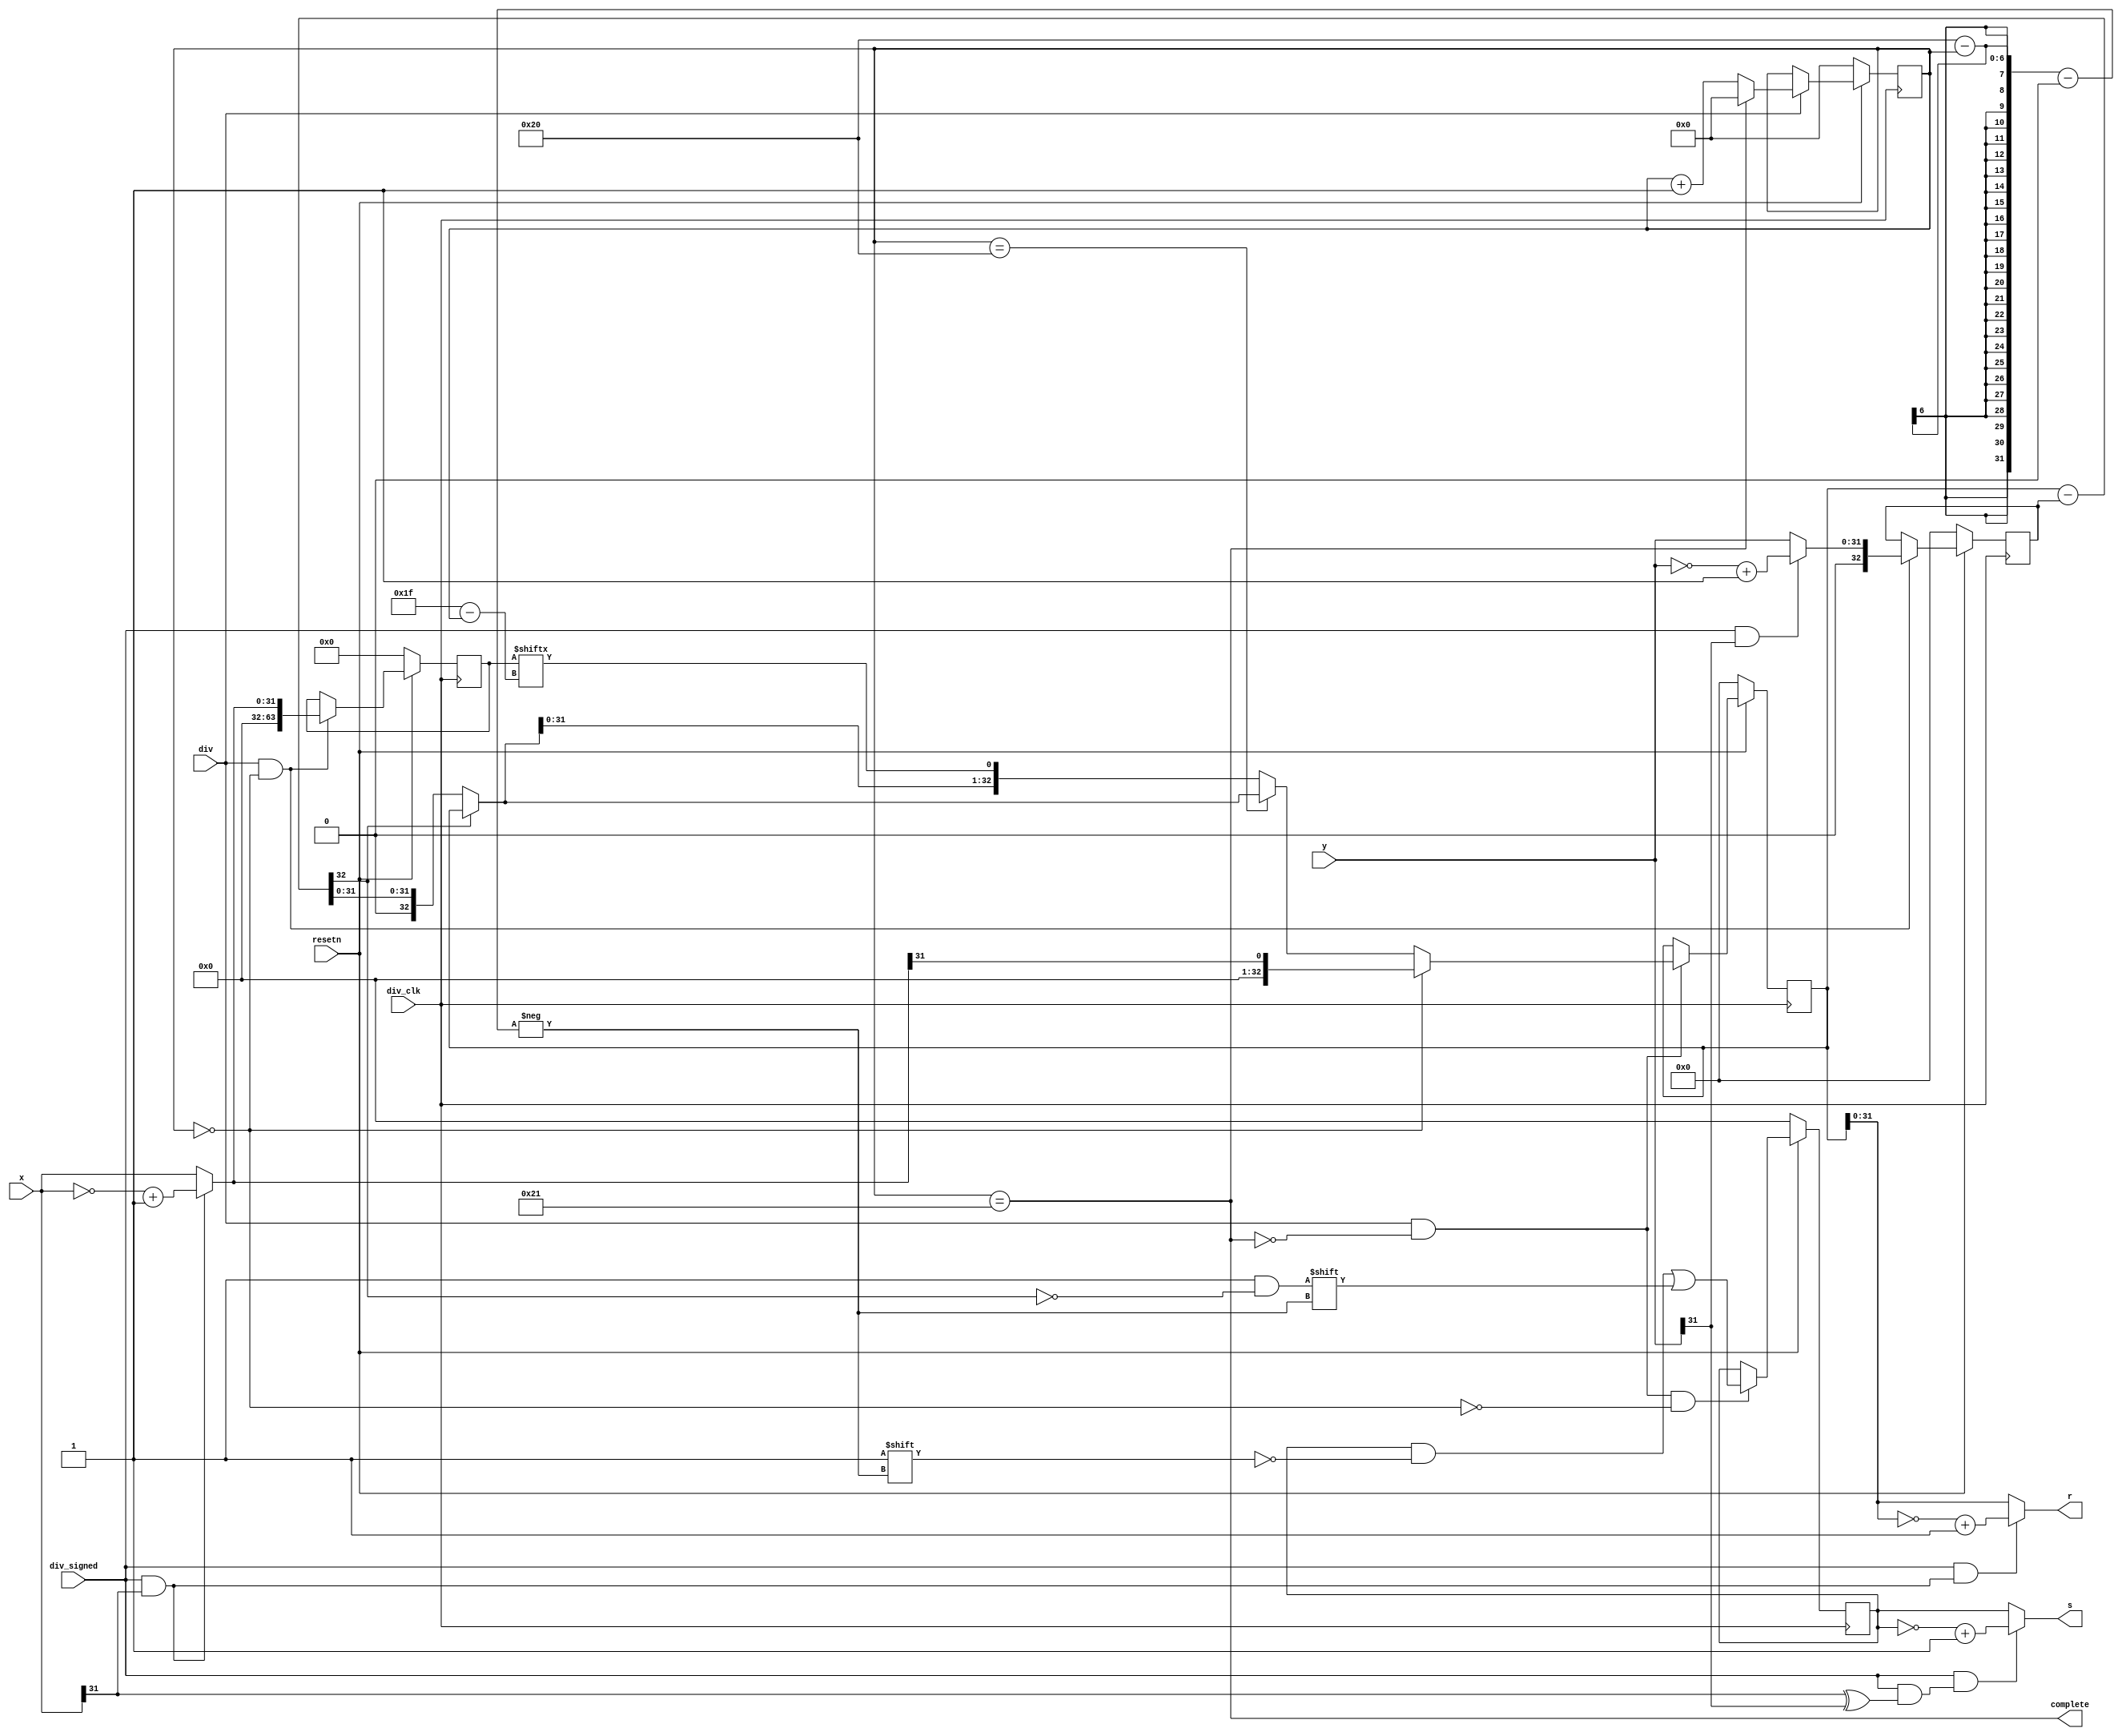
module div(
    input  wire         div_clk,
    input  wire         resetn,
    input  wire         div,
    input  wire         div_signed,
    input  wire [31:0]  x,
    input  wire [31:0]  y,
    output wire [31:0]  s,
    output wire [31:0]  r,
    output wire         complete
    );

    wire        s_sign;
    wire        r_sign;

    wire [31:0] abs_x;
    wire [31:0] abs_y;
    reg  [63:0] A;
    reg  [32:0] B;

    reg  [31:0] s_reg;
    reg  [32:0] r_reg;

    wire        start;
    reg  [ 5:0] counter;

    wire [32:0] test_div_r;
    wire [32:0] final_r;

    always @(posedge div_clk) begin
        if (~resetn)
            counter <= 6'b0;
        else if (div) begin
            if (complete)
                counter <= 6'b0;
            else
                counter <= counter + 6'b1;
        end
    end

    assign start = counter == 6'b0;
    assign complete = counter == 6'd33;

    //
    assign s_sign = div_signed & (x[31] ^ y[31]);
    assign r_sign = div_signed & x[31];
    assign abs_x = (div_signed & x[31]) ? (~x + 1'b1) : x;
    assign abs_y = (div_signed & y[31]) ? (~y + 1'b1) : y;

    //
    //AB
    always @(posedge div_clk) begin
        if (~resetn)
            A <= 64'b0;
        else if (div & start)
            A <= {32'b0, abs_x};
    end

    always @(posedge div_clk) begin
        if (~resetn)
            B <= 33'b0;
        else if (div & start)
            B <= {1'b0, abs_y};
    end

    //
    always @(posedge div_clk) begin
        if (~resetn)
            r_reg <= 33'b0;
        else if (div & ~complete) begin
            if (start)
                r_reg <= {32'b0, abs_x[31]};
            else if (counter == 6'd32)
                r_reg <= final_r;
            else
                r_reg <= {final_r[31:0], A[31 - counter]};
        end
    end

    always @(posedge div_clk) begin
        if (~resetn)
            s_reg <= 32'b0;
        else if (div & ~complete & ~start)
            s_reg[32 - counter] <= ~test_div_r[32];
    end

    assign test_div_r = r_reg - B;
    assign final_r = test_div_r[32] ? r_reg : test_div_r;


    //
    assign r = div_signed & r_sign ? (~r_reg + 1'b1) : r_reg;
    assign s = div_signed & s_sign ? (~s_reg + 1'b1) : s_reg;
    
endmodule